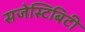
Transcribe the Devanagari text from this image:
सजेस्टिबिटी